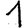
Digit: 1